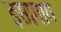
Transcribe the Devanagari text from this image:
इसागाग